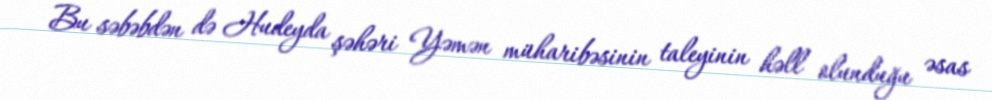
Bu səbəbdən də Hudeyda şəhəri Yəmən müharibəsinin taleyinin həll olunduğu əsas